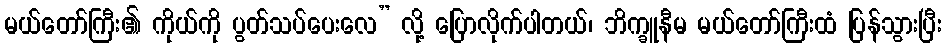
မယ်တော်ကြီး၏ ကိုယ်ကို ပွတ်သပ်ပေးလေ” လို့ ပြောလိုက်ပါတယ်၊ ဘိက္ခူနီမ မယ်တော်ကြီးထံ ပြန်သွားပြီး